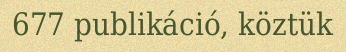
677 publikáció, köztük